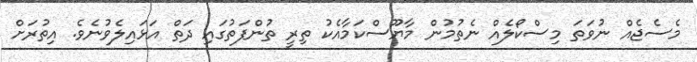
މެސެޖެއް ނުވަތަ މިސްކޯލެއް ނެތުމުން މާޔޫސްކަމާއެކު ތިރީ ތުންފަތުގައި ދަތް އަޅައިލެވުނެވެ. އިތުރަށް